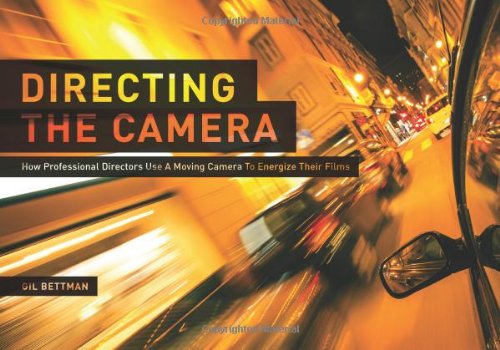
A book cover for Directing the Camera: How Professional Directors Use a Moving Camera to Energize Their Films; Gil Bettman; Arts & Photography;